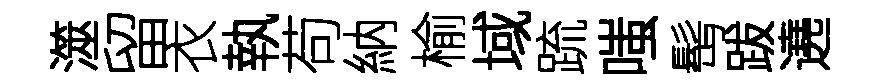
澨留衣執苟納榆域䟽嗤髩跋遶